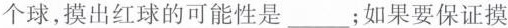
个球，摸出红球的可能性是____；如果要保证摸